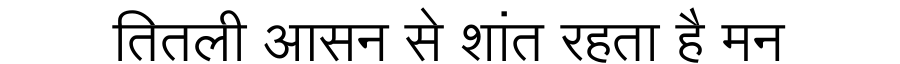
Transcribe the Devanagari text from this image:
तितली आसन से शांत रहता है मन